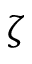
\zeta